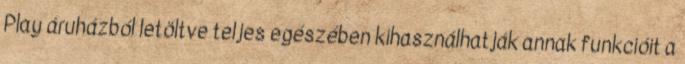
Play áruházból letöltve teljes egészében kihasználhatják annak funkcióit a